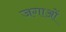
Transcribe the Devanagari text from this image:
जगाओं